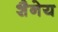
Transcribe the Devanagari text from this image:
शैनेय